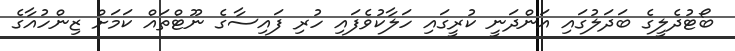
ބޯޓުދެލީގެ ބަދަލުގައި އަންދަނީ ކުރީގައި ހަލާކުވެފައި ހުރި ފައިސާގެ ނޫޓްތައް ކަމަށް ޒިންހުއާގެ